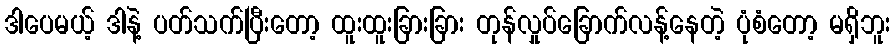
ဒါပေမယ့် ဒါနဲ့ ပတ်သက်ပြီးတော့ ထူးထူးခြားခြား တုန်လှုပ်ခြောက်လန့်နေတဲ့ ပုံစံတော့ မရှိဘူး